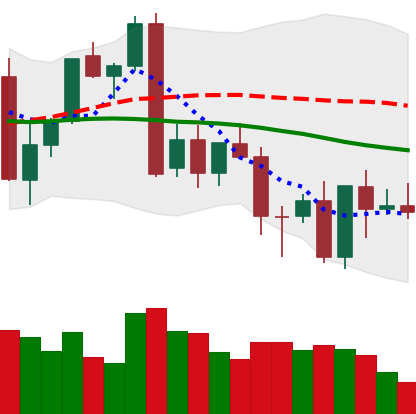
Ticker: XMR-USD
Chart end date: 2022-09-25
Forward return: 4.396%
Label: up_3_5